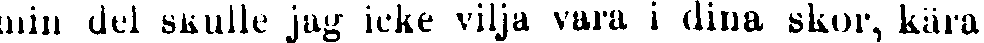
min del skulle jag icke vilja vara i dina skor, kära